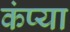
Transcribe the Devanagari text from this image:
कंप्या